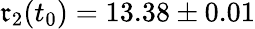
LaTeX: \mathfrak{r}_{2}(t_{0})=13.38\pm0.01